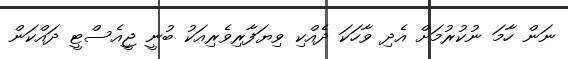
ނަން ހާމަ ނުކުރުމަށް އެދި ވާހަކަ ދެއްކި ވިޔަފާރިވެރިއަކު ބުނީ ޖީއެސްޓީ ދައްކަން